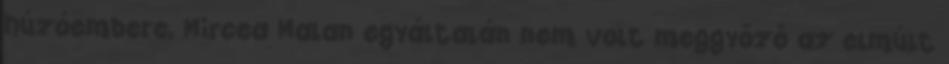
húzóembere, Mircea Malan egyáltalán nem volt meggyőző az elmúlt